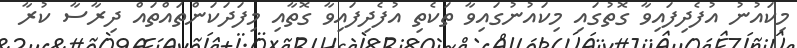
މިކައުނު އުފެދިފައިވާ ގޮތުގައި މިކައުނުގައިވާ ތަކެތި އުފެދިފައިވާ ގޮތާއި މިފަދަކަންތައްތައް ދިރާސާ ކުރާ